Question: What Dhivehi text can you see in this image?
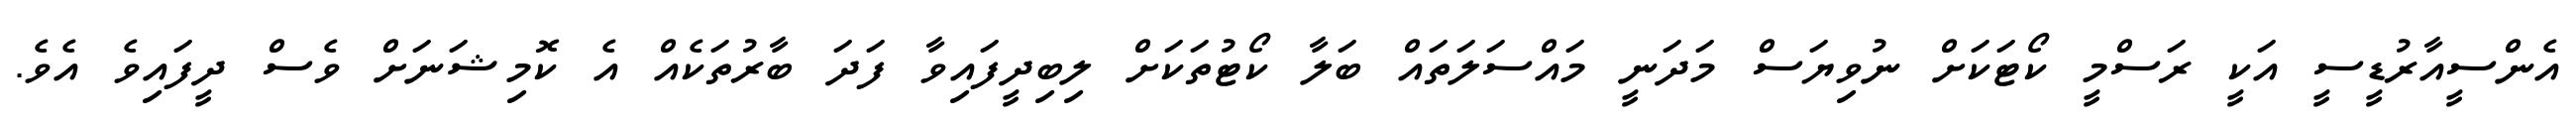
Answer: އެންސީއާރުޑީސީ އަކީ ރަސްމީ ކޯޓަކަށް ނުވިޔަސް މަދަނީ މައްސަލަތައް ބަލާ ކޯޓުތަކަށް ލިބިދީފައިވާ ފަދަ ބާރުތަކެއް އެ ކޮމިޝަނަށް ވެސް ދީފައިވެ އެވެ.